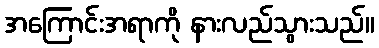
အကြောင်းအရာကို နားလည်သွားသည်။